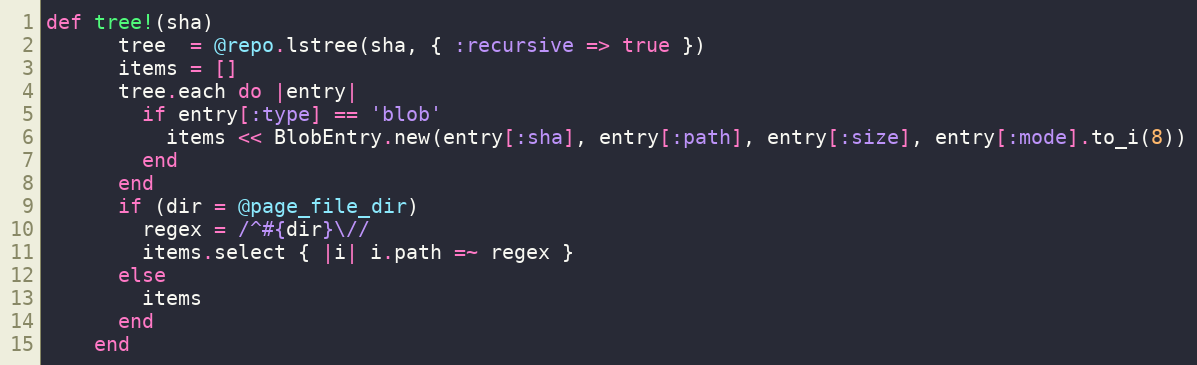
Language: Ruby
def tree!(sha)
      tree  = @repo.lstree(sha, { :recursive => true })
      items = []
      tree.each do |entry|
        if entry[:type] == 'blob'
          items << BlobEntry.new(entry[:sha], entry[:path], entry[:size], entry[:mode].to_i(8))
        end
      end
      if (dir = @page_file_dir)
        regex = /^#{dir}\//
        items.select { |i| i.path =~ regex }
      else
        items
      end
    end